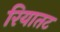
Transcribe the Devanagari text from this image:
रियातट